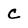
Character: C